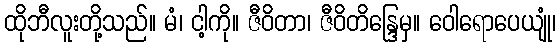
ထိုဘီလူးတို့သည်။ မံ၊ ငါ့ကို။ ဇီဝိတာ၊ ဇီဝိတိန္ဒြေမှ။ ဝေါရောပေယျုံ၊